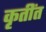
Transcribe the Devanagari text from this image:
कृतींत